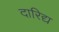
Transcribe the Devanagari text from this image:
दारिद्य